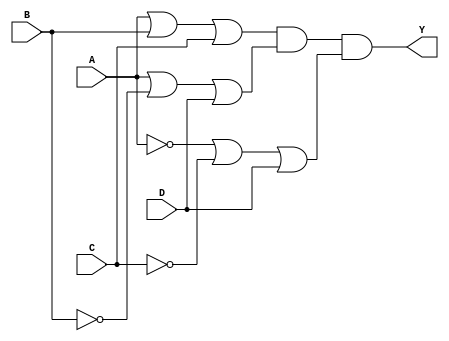
module pos_logic (
    input wire A,
    input wire B,
    input wire C,
    input wire D,
    output wire Y
);

// Intermediate wires for sum terms
wire sum1, sum2, sum3;

// Sum term 1: (A + B + C)
assign sum1 = A | B | C;

// Sum term 2: (A + ~B + D)
assign sum2 = A | ~B | D;

// Sum term 3: (~A + ~C + D)
assign sum3 = ~A | ~C | D;

// Final output Y is the AND of the sum terms
assign Y = sum1 & sum2 & sum3;

endmodule